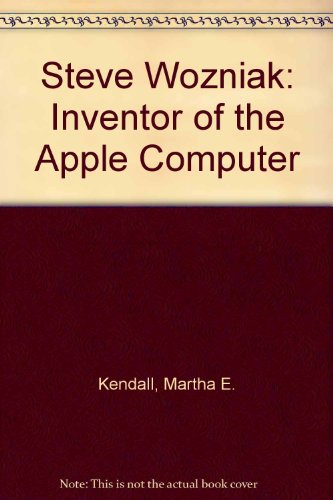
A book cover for Steve Wozniak, Inventor of the Apple Computer; Martha E. Kendall; Teen & Young Adult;